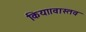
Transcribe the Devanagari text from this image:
किया।वास्तव